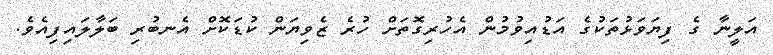
އަލީނާ ގެ ފިޔަވަޅުތަކުގެ އަޑުއިވުމުން އެހުރިގޮތަށް ހުރެ ޒެވިޔަން ކުޑަކޮށް އެނބުރި ބަލާލައިފިއެވެ.